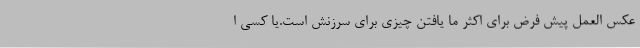
عکس العمل پیش فرض برای اکثر ما یافتن چیزی برای سرزنش است.یا کسی ا